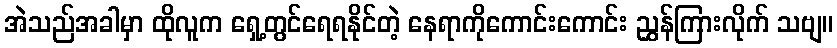
အဲသည်အခါမှာ ထိုလူက ရှေ့တွင်ရေရနိုင်တဲ့ နေရာကိုကောင်းကောင်း ညွှန်ကြားလိုက် သဗျ။